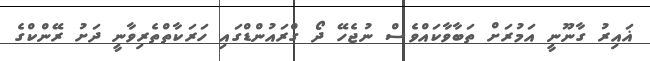
ޣައިރު ގާނޫނީ އަމުރަށް ތަބާވާކައްވެސް ނުޖެހޭ ދޯ ގްރައުންޑްގައި ހަރަކާތްތެރިވާނީ ދަށު ރޭންކްގެ